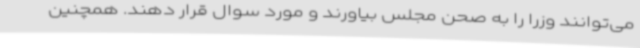
می‌توانند وزرا را به صحن مجلس بیاورند و مورد سوال قرار دهند. همچنین